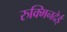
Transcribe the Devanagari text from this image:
रुक्मिनदेई